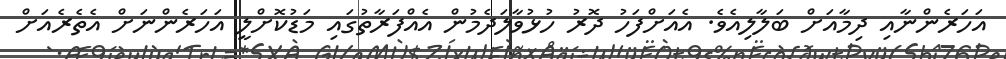
އަހަރެންނާއި ދިމާއަށް ބަލާލިއެވެ. އެއަށްފަހު ދޮރު ހުޅުވާލަދެމުން އެއްފަރާތުގައި މަޑުކޮށްލީ އަހަރެންނަށް އެތެރެއަށް